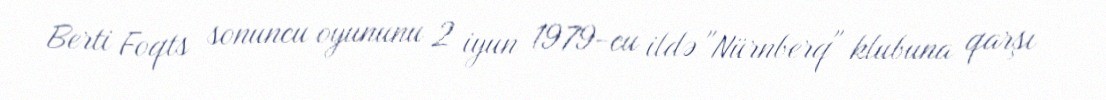
Berti Foqts sonuncu oyununu 2 iyun 1979-cu ildə "Nürnberq" klubuna qarşı